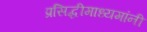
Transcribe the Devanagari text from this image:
प्रसिद्धीमाध्यमांनी